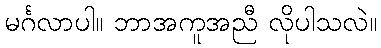
မင်္ဂလာပါ။ ဘာအကူအညီ လိုပါသလဲ။